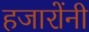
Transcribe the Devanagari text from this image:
हजारोंनी